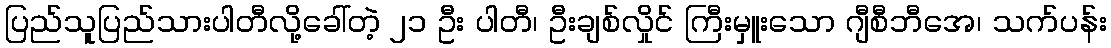
ပြည်သူပြည်သားပါတီလို့ခေါ်တဲ့ ၂၁ ဦး ပါတီ၊ ဦးချစ်လှိုင် ကြီးမှူးသော ဂျီစီဘီအေ၊ သက်ပန်း